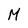
Character: M